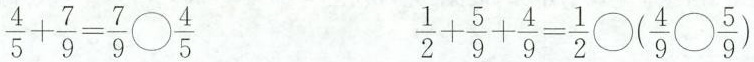
$$\frac{4}{5}+ \frac{7}{9}= \frac{7}{9}\bigcirc \frac{4}{5}$$ $$\frac{1}{2}+ \frac{5}{9}+ \frac{4}{9}= \frac{1}{2}\bigcirc (\frac{4}{9}\bigcirc \frac{5}{9})$$